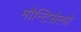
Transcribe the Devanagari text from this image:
मौन्टिसेलो